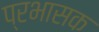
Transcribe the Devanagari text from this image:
प्रभासक